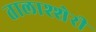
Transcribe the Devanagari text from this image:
तालाश्शेरी